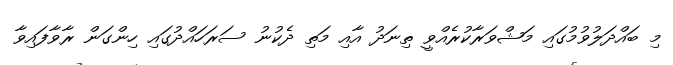
މި ބައްދަލުވުމުގައި މަޝްވަރާކުރެއްވީ ތިނަދު އާއި މަތި ދެކުނު ސަރަހައްދުގައި ހިންގަން ރާވާފައިވާ